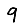
Digit: 9